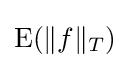
\operatorname {E} (\|f\|_{T})